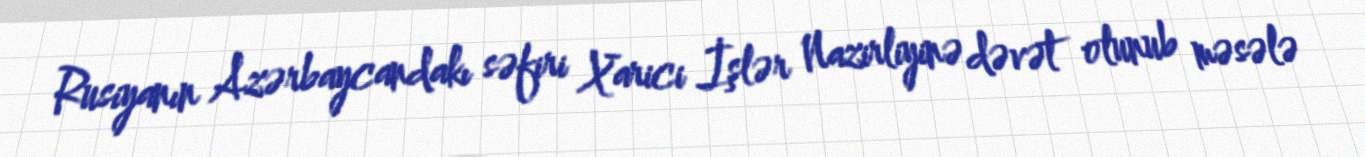
Rusiyanın Azərbaycandakı səfiri Xarici İşlər Nazirliyinə dəvət olunub məsələ